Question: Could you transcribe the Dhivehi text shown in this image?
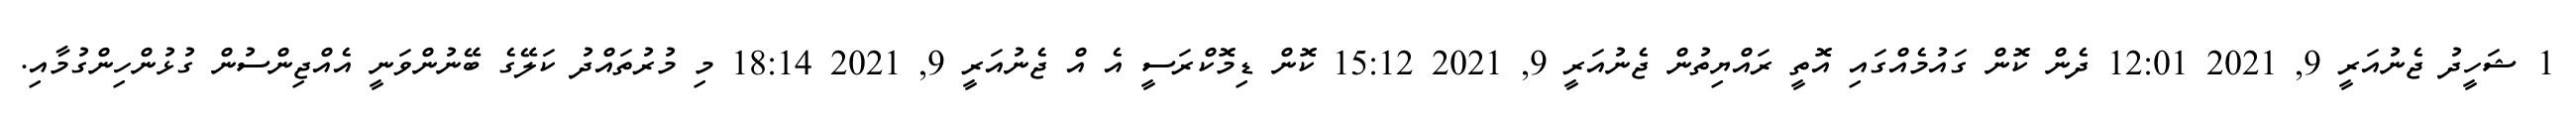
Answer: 1 ޝަހީދު ޖެނުއަރީ 9, 2021 12:01 ދެން ކޮން ގައުމެއްގައި އޮތީ ރައްޔިތުން ޖެނުއަރީ 9, 2021 15:12 ކޮން ޑިމޮކްރަސީ އެ އް ޖެނުއަރީ 9, 2021 18:14 މި މުރުތައްދު ކަލޭގެ ބޭނުންވަނީ އެއްޖިންސުން ގުޅުންހިންގުމާއި.